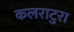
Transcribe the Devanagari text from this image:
कलराटुरा